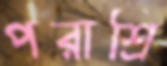
পরাশ্রি